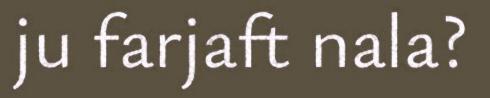
ju farjaft nala?